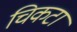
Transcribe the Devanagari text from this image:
चिकटा